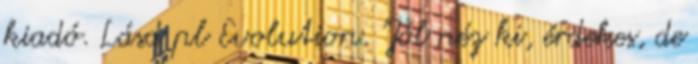
kiadó. Lásd pl Evolution. "Jól néz ki, érdekes, de